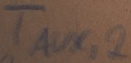
Text: TAUX,2